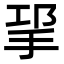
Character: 㧭